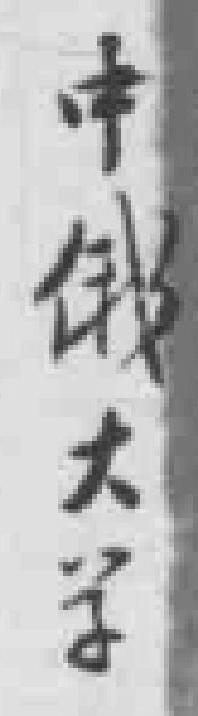
中俄大学